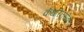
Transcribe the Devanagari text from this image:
कॅथरिनसोबत